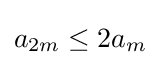
a_{2m}\leq 2a_{m}